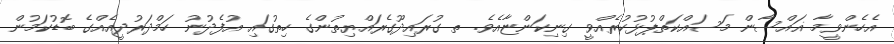
އެހެންވީމާ ޣައްސާން މަސައްކަތްޕުޅުކުރެއްވީ ގިނިކަންޏާއެވެ. ތ ގުރައިދޫގެރައްޔިތުންގެ ހިތުގައި އުފެދުނު ހަމްދަރުދީއެއްގެ ބޮޑުކަމުން